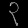
Digit: ၃